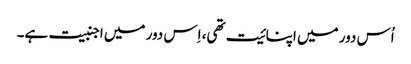
اُس دور میں اپنائیت تھی، اِس دور میں اجنبیت ہے۔